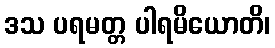
ဒသ ပရမတ္တ ပါရမိယောတိ၊